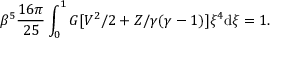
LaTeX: \beta ^ { 5 } { \frac { 1 6 \pi } { 2 5 } } \int _ { 0 } ^ { 1 } G [ V ^ { 2 } / 2 + Z / \gamma ( \gamma - 1 ) ] \xi ^ { 4 } \mathrm { d } \xi = 1 .